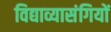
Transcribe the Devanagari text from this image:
विद्याव्यासंगियों